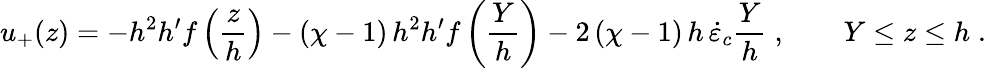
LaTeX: u_{+}(z)=-h^{2}h^{\prime}f\left(\frac{z}{h}\right)-(\chi-1)\, h^{2}h^{\prime}f\left(\frac{Y}{h}\right)-2\, (\chi-1)\, h\, \dot{\varepsilon}_{c}\frac{Y}{h}\; ,\qquad Y\le z\le h\; .